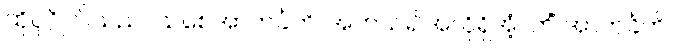
ထိုပုဂ္ဂိုလ်သည်။ သစေအာကင်္ခတိ၊ အကယ်၍အလိုရှိအံ့။ ကိံ အာကင်္ခတိ၊